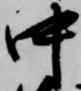
中